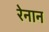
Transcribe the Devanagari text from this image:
रेनान